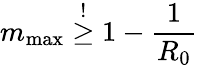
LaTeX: m_{\mathrm{max}}\overset{!}{\geq}1-\frac{1}{R_{0}}